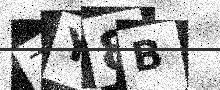
Text: ZY8B